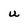
Character: u